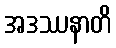
အဒဿနာတိ